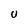
Character: 0